Indian journal of veterinary science and animal husbandry - Volume 2,
Year: 1932
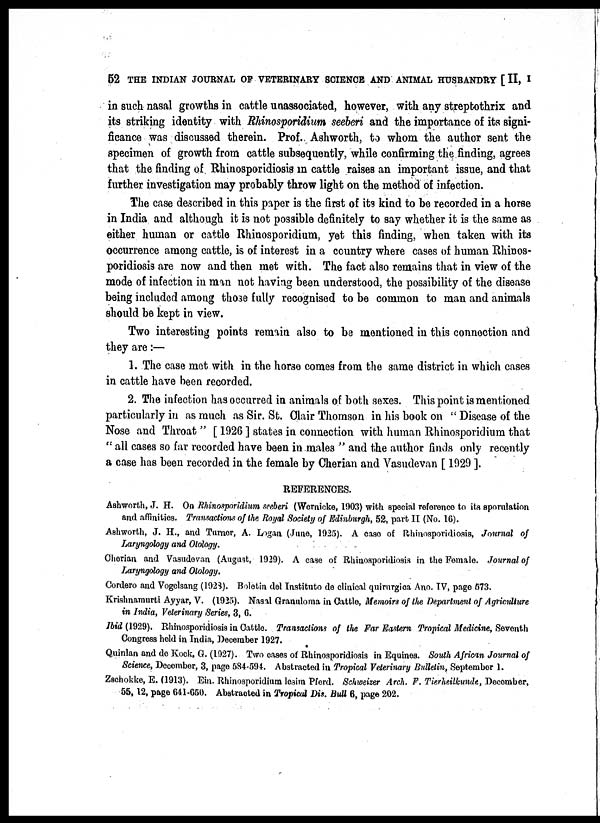
52 THE INDIAN JOURNAL OF VETERINARY SCIENCE AND ANIMAL HUSBANDRY [ II, I
in such nasal growths in cattle unassociated, however, with any streptothrix and
its striking identity with Rhinosporidium seeberi and the importance of its signi-
ficance was discussed therein. Prof. Ashworth, to whom the author sent the
specimen of growth from cattle subsequently, while confirming the finding, agrees
that the finding of Rhinosporidiosis in cattle raises an important issue, and that
further investigation may probably throw light on the method of infection.
The case described in this paper is the first of its kind to be recorded in a horse
in India and although it is not possible definitely to say whether it is the same as
either human or cattle Rhinosporidium, yet this finding, when taken with its
occurrence among cattle, is of interest in a country where cases of human Rhinos¬
poridiosis are now and then met with. The fact also remains that in view of the
mode of infection in man not having been understood, the possibility of the disease
being included among those fully recognised to be common to man and animals
should be kept in view.
Two interesting points remain also to be mentioned in this connection and
they are :—
1. The case met with in the horse comes from the same district in which cases
in cattle have been recorded.
2. The infection has occurred in animals of both sexes. This point is mentioned
particularly in as much as Sir. St. Clair Thomson in his book on " Disease of the
Nose and Throat " [ 1926 ] states in connection with human Rhinosporidium that
" all cases so far recorded have been in males " and the author finds only recently
a case has been recorded in the female by Cherian and Vasudevan [ 1929 ].
REFERENCES.
Ashworth, J. H. On Rhinosporidium seeberi (Wernicke, 1903) with special reference to its sporulation
and affinities. Transactions of the Royal Society of Edinburgh, 52, part II (No. 16).
Ashworth, J. H., and Turner, A. Logan (June, 1925). A case of Rhinosporidiosis, Journal of
Laryngology and Otology.
Cherian and Vasudevan (August, 1929). A case of Rhinosporidiosis in the Female. Journal of
Laryngology and Otology.
Cordero and Vogelsang (1928). Boletin del Institute de clinical quirurgica Ano. TV, page 573.
Krishnamurti Ayyar, V. (1925). Nasal Granuloma in Cattle, Memoirs of the Department of Agriculture
in India, Veterinary Series, 3, 6.
Ibid (1929). Rhinosporidiosis in Cattle. Transactions of the Far Eastern Tropical Medicine, Seventh
Congress held in India, December 1927.
Quinlan and de Kock, G. (1927). Two cases of Rhinosporidiosis in Equines. South African Journal of
Science, December, 3, page 584-594. Abstracted in Tropical Veterinary Bulletin, September 1.
Zschokke, E. (1913). Ein. Rhinosporidium lesim Pferd. Schweizer Arch. F. Tierheilkunde, December,
55, 12, page 641-650. Abstracted in Tropical Dis. Bull 6, page 202.